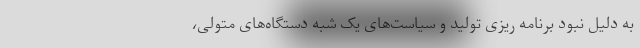
به دلیل نبود برنامه ریزی تولید و سیاست‌های یک شبه دستگاه‌های متولی،